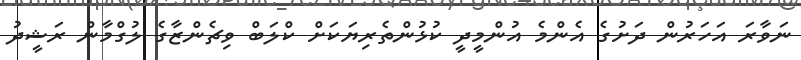
ނަވާރަ އަހަރުން ދަށުގެ އެންމެ އުންމީދީ ކުޅުންތެރިޔަކަށް ކްލަބް ވިޗެންޒާގެ ލުގްމާން ރަޝީދު